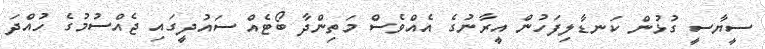
ސީޔާސީ ގުޅުން ކަނޑާލިފަހުން އީރާނުގެ އެއްވެސް މަތިންދާ ބޯޓެއް ސައުދީގައި ޖެއްސުމުގެ ހުއްދަ